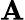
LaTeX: \sf{\mathbf{A}}